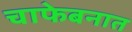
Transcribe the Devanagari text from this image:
चाफेबनात